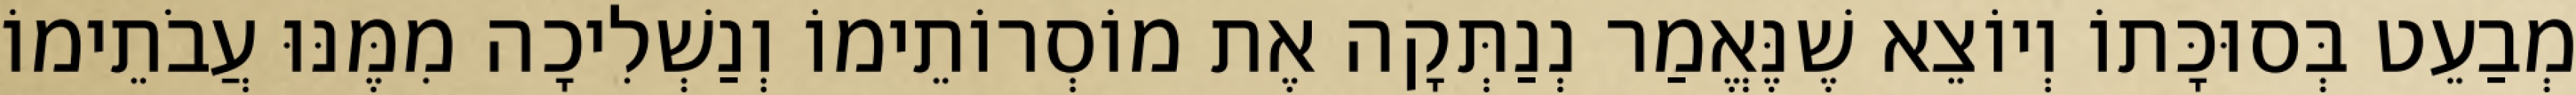
מְבַעֵט בְּסוּכָּתוֹ וְיוֹצֵא שֶׁנֶּאֱמַר נְנַתְּקָה אֶת מוֹסְרוֹתֵימוֹ וְנַשְׁלִיכָה מִמֶּנּוּ עֲבֹתֵימוֹ